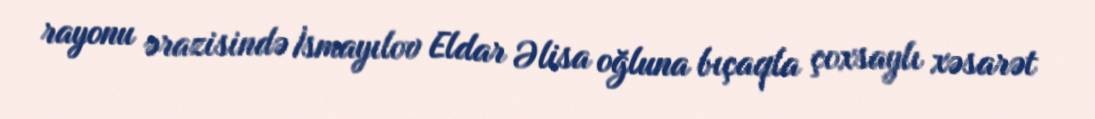
rayonu ərazisində İsmayılov Eldar Əlisa oğluna bıçaqla çoxsaylı xəsarət